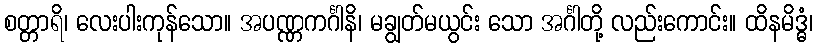
စတ္တာရိ၊ လေးပါးကုန်သော။ အပဏ္ဏကင်္ဂါနိ၊ မချွတ်မယွင်း သော အင်္ဂါတို့ လည်းကောင်း။ ထိနမိဒ္ဓံ၊